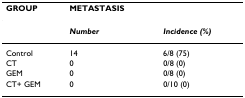
| GROUP | METASTASIS |  |
 | --- | --- | --- |
 |  | Number | Incidence (%) |
 | Control | 14 | 6/8 (75) |
 | CT | 0 | 0/8 (0) |
 | GEM | 0 | 0/8 (0) |
 | CT+ GEM | 0 | 0/10 (0) |